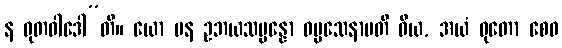
န ဓုတဝါဒေါ”တိ။ ယော ပန ဥဘယသမ္ပန္နော ဓမ္မသေနာပတိ ဝိယ, အယံ ဓုတော စေဝ